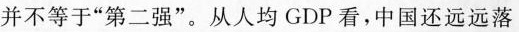
并不等于”第二强”。从人均GDP看，中国还远远落